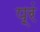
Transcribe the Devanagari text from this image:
प़्रं